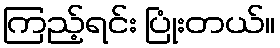
ကြည့်ရင်း ပြုံးတယ်။